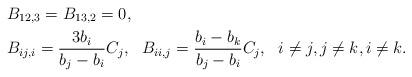
LaTeX: \begin{align*}&B_{12,3}=B_{13,2}=0,\\&B_{ij,i}=\frac{3b_i}{b_j-b_i}C_j,~~B_{ii,j}=\frac{b_i-b_k}{b_j-b_i}C_j, ~~i\neq j, j\neq k, i\neq k.\end{align*}